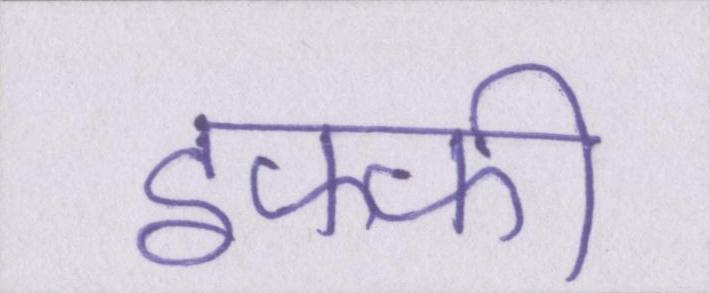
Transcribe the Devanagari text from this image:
इफ्फी